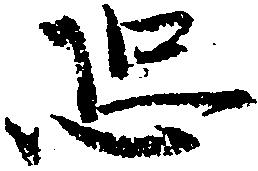
恐